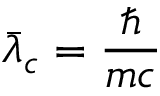
\bar { \lambda } _ { c } = \frac { \hbar } { m c }